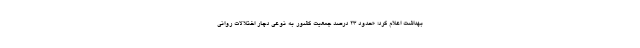
بهداشت اعلام کرد؛ «حدود ۲۳ درصد جمعیت کشور به نوعی دچار اختلالات روانی